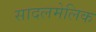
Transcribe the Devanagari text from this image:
सादलमेलिक